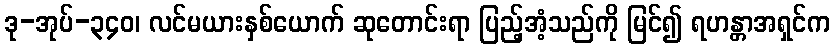
ဒု-အုပ်-၃၄၀၊ လင်မယားနှစ်ယောက် ဆုတောင်းရာ ပြည့်အံ့သည်ကို မြင်၍ ရဟန္တာအရှင်က